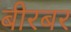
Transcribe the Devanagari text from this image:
बीरबर